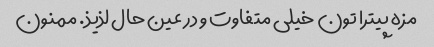
مزه پیترا تون خیلی متفاوت و در عین حال لذیذ. ممنون